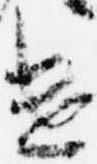
遣